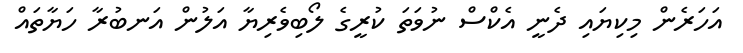
އަހަރެން މިކިޔައި ދެނީ އެކްސް ނުވަތަ ކުރީގެ ލޯބިވެރިޔާ އަލުން އަނބުރާ ހަޔާތައް